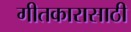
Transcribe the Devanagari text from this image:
गीतकारासाठी